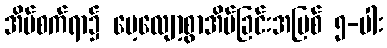
အိပ်စက်ရာ၌ မေ့လျော့စွာအိပ်ခြင်းအပြစ် ၅-ပါး